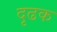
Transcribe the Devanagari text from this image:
दृढक